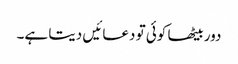
دور بیٹھا کوئی تو دعائیں دیتا ہے۔